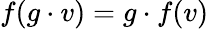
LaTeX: f(g\cdot v)=g\cdot f(v)